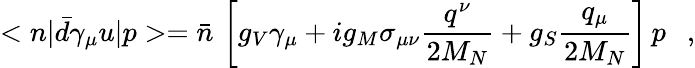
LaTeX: <n|\bar{d}\gamma_{\mu}u|p>=\bar{n}\, \left[g_{V}\gamma_{\mu}+ig_{M}\sigma_{\mu\nu}\frac{q^{\nu}}{2M_{N}}+g_{S}\frac{q_{\mu}}{2M_{N}}\right]\, p\ \ \ ,